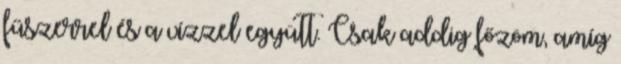
fűszerrel és a vízzel együtt. Csak addig főzöm, amíg